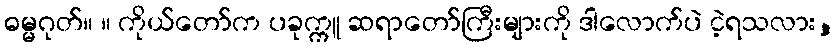
ဓမ္မဂုတ်။ ။ ကိုယ်တော်က ပခုက္ကူ ဆရာတော်ကြီးများကို ဒါလောက်ပဲ ငဲ့ရသလား,